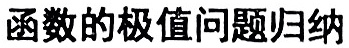
函数的极值问题归纳